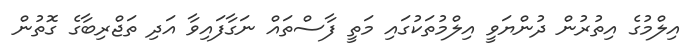
އިލްމުގެ އިތުރުން ދުންޔަވީ އިލްމުތަކުގައި މަތީ ފާސްތައް ނަގާފައިވާ އަދި ތަޖްރިބާގެ ގޮތުން